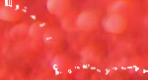
مطعم البحر الأبيض المتوسط